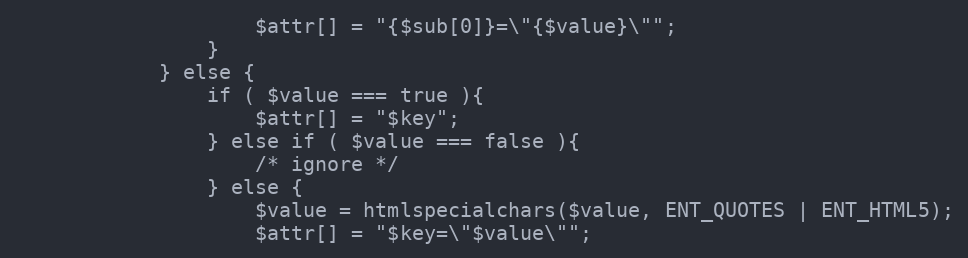
Language: PHP
					$attr[] = "{$sub[0]}=\"{$value}\"";
				}
			} else {
				if ( $value === true ){
					$attr[] = "$key";
				} else if ( $value === false ){
					/* ignore */
				} else {
					$value = htmlspecialchars($value, ENT_QUOTES | ENT_HTML5);
					$attr[] = "$key=\"$value\"";